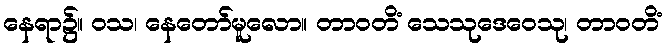
နေရာ၌။ ဝသ၊ နေတော်မူလော။ တာဝတိံ သေသုဒေဝေသု၊ တာဝတိံ